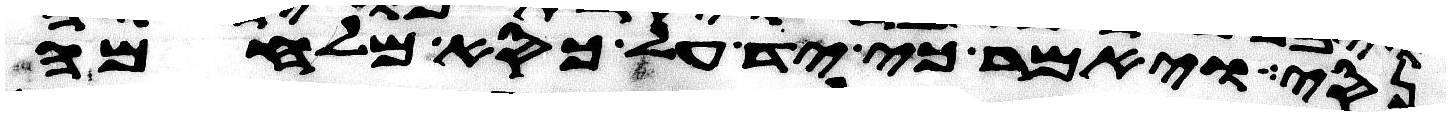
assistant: נסי ויאמר כי יד על כסא מלחמה